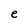
Character: e